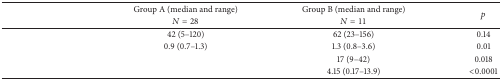
<table><thead><tr><td rowspan="2">[EMPTY_CELL]</td><td><b>Group A (median and range) </b></td><td><b>Group B (median and range) </b></td><td rowspan="2"><b><i>p</i></b></td></tr><tr><td><b><i>N</i> = 28</b></td><td><b><i>N</i> = 11</b></td></tr></thead><tbody><tr><td>[EMPTY_CELL]</td><td>42 (5–120)</td><td>62 (23–156)</td><td>0.14</td></tr><tr><td>[EMPTY_CELL]</td><td>0.9 (0.7–1.3)</td><td>1.3 (0.8–3.6)</td><td>0.01</td></tr><tr><td>[EMPTY_CELL]</td><td>[EMPTY_CELL]</td><td>17 (9–42)</td><td>0.018</td></tr><tr><td>[EMPTY_CELL]</td><td>[EMPTY_CELL]</td><td>4.15 (0.17–13.9)</td><td>&lt;0.0001</td></tr></tbody></table>